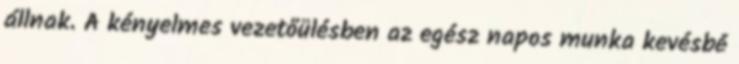
állnak. A kényelmes vezetőülésben az egész napos munka kevésbé